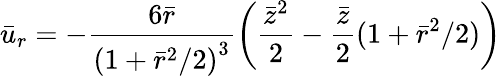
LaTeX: {\bar{u}}_{r}=-\frac{6\bar{r}}{{(1+{\bar{r}}^{2}/2)}^{3}}\left(\frac{{\bar{z}}^{2}}{2}-\frac{\bar{z}}{2}{(1+{\bar{r}}^{2}/2)}\right)